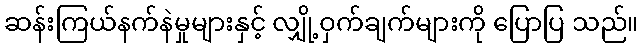
ဆန်းကြယ်နက်နဲမှုများနှင့် လျှို့ဝှက်ချက်များကို ပြောပြ သည်။